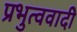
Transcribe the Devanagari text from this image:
प्रभुत्ववादी